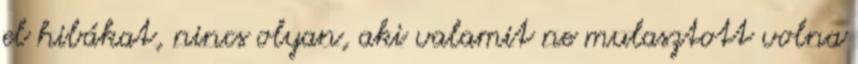
el hibákat, nincs olyan, aki valamit ne mulasztott volna